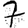
Digit: 7